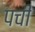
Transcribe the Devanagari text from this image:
पची